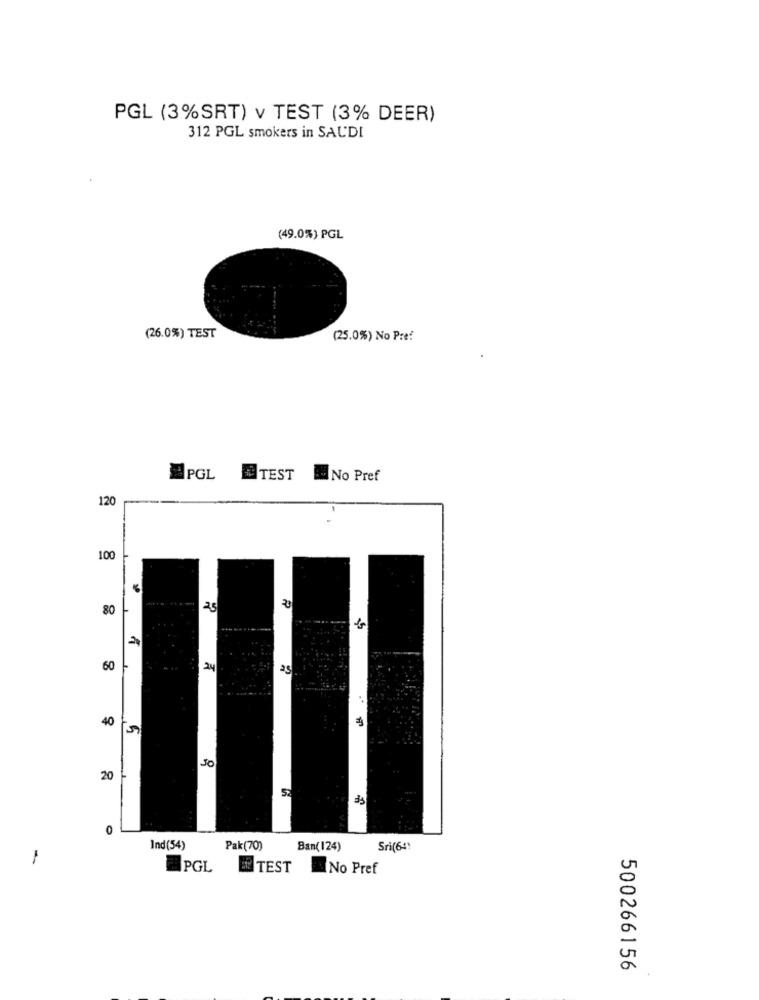
PGL (3%SRT) v TEST (3% DEER)
312 PGL smokers in SAUDI
(49.0%) PGL
(26.0%) TEST
(25.0%) No Pref
PGL
TEST
No Pref
120
100
80
25
8 8
60
L
24
as
40
30
20
0
Ind(54)
Pak(70)
Ban(124)
PGL
TEST
No Pref
500266156